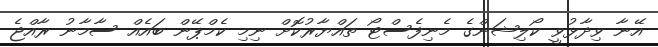
އޭނާ ވިދާޅުވީ ކޯލިޝަންގެ މެނިފެސްޓޯ ތައްޔާރުކޮށް ނިމި ކެމްޕޭން ބައެއް ސާމާނު ރާއްޖެ